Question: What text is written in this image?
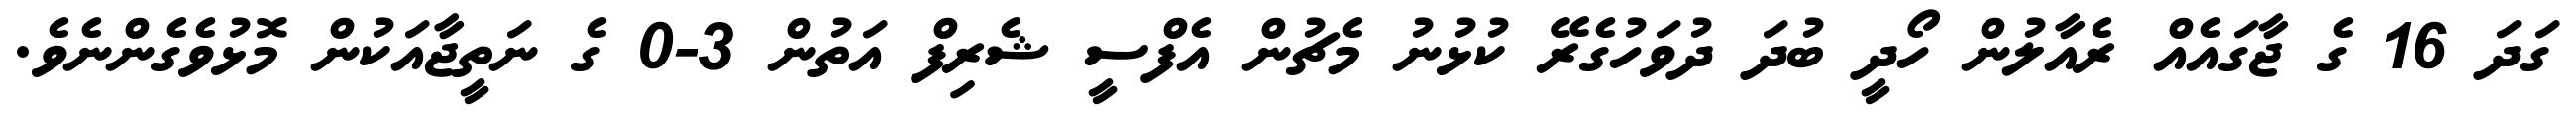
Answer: ގަދަ 16 ގެ ޖާގައެއް ރެއާލުން ހޯދީ ބުދަ ދުވަހުގެރޭ ކުޅުނު މެޗުން އެފްސީ ޝެރިފް އަތުން 3-0 ގެ ނަތީޖާއަކުން މޮޅުވެގެންނެވެ.